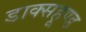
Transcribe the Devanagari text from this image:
डाक्सहूण्ड